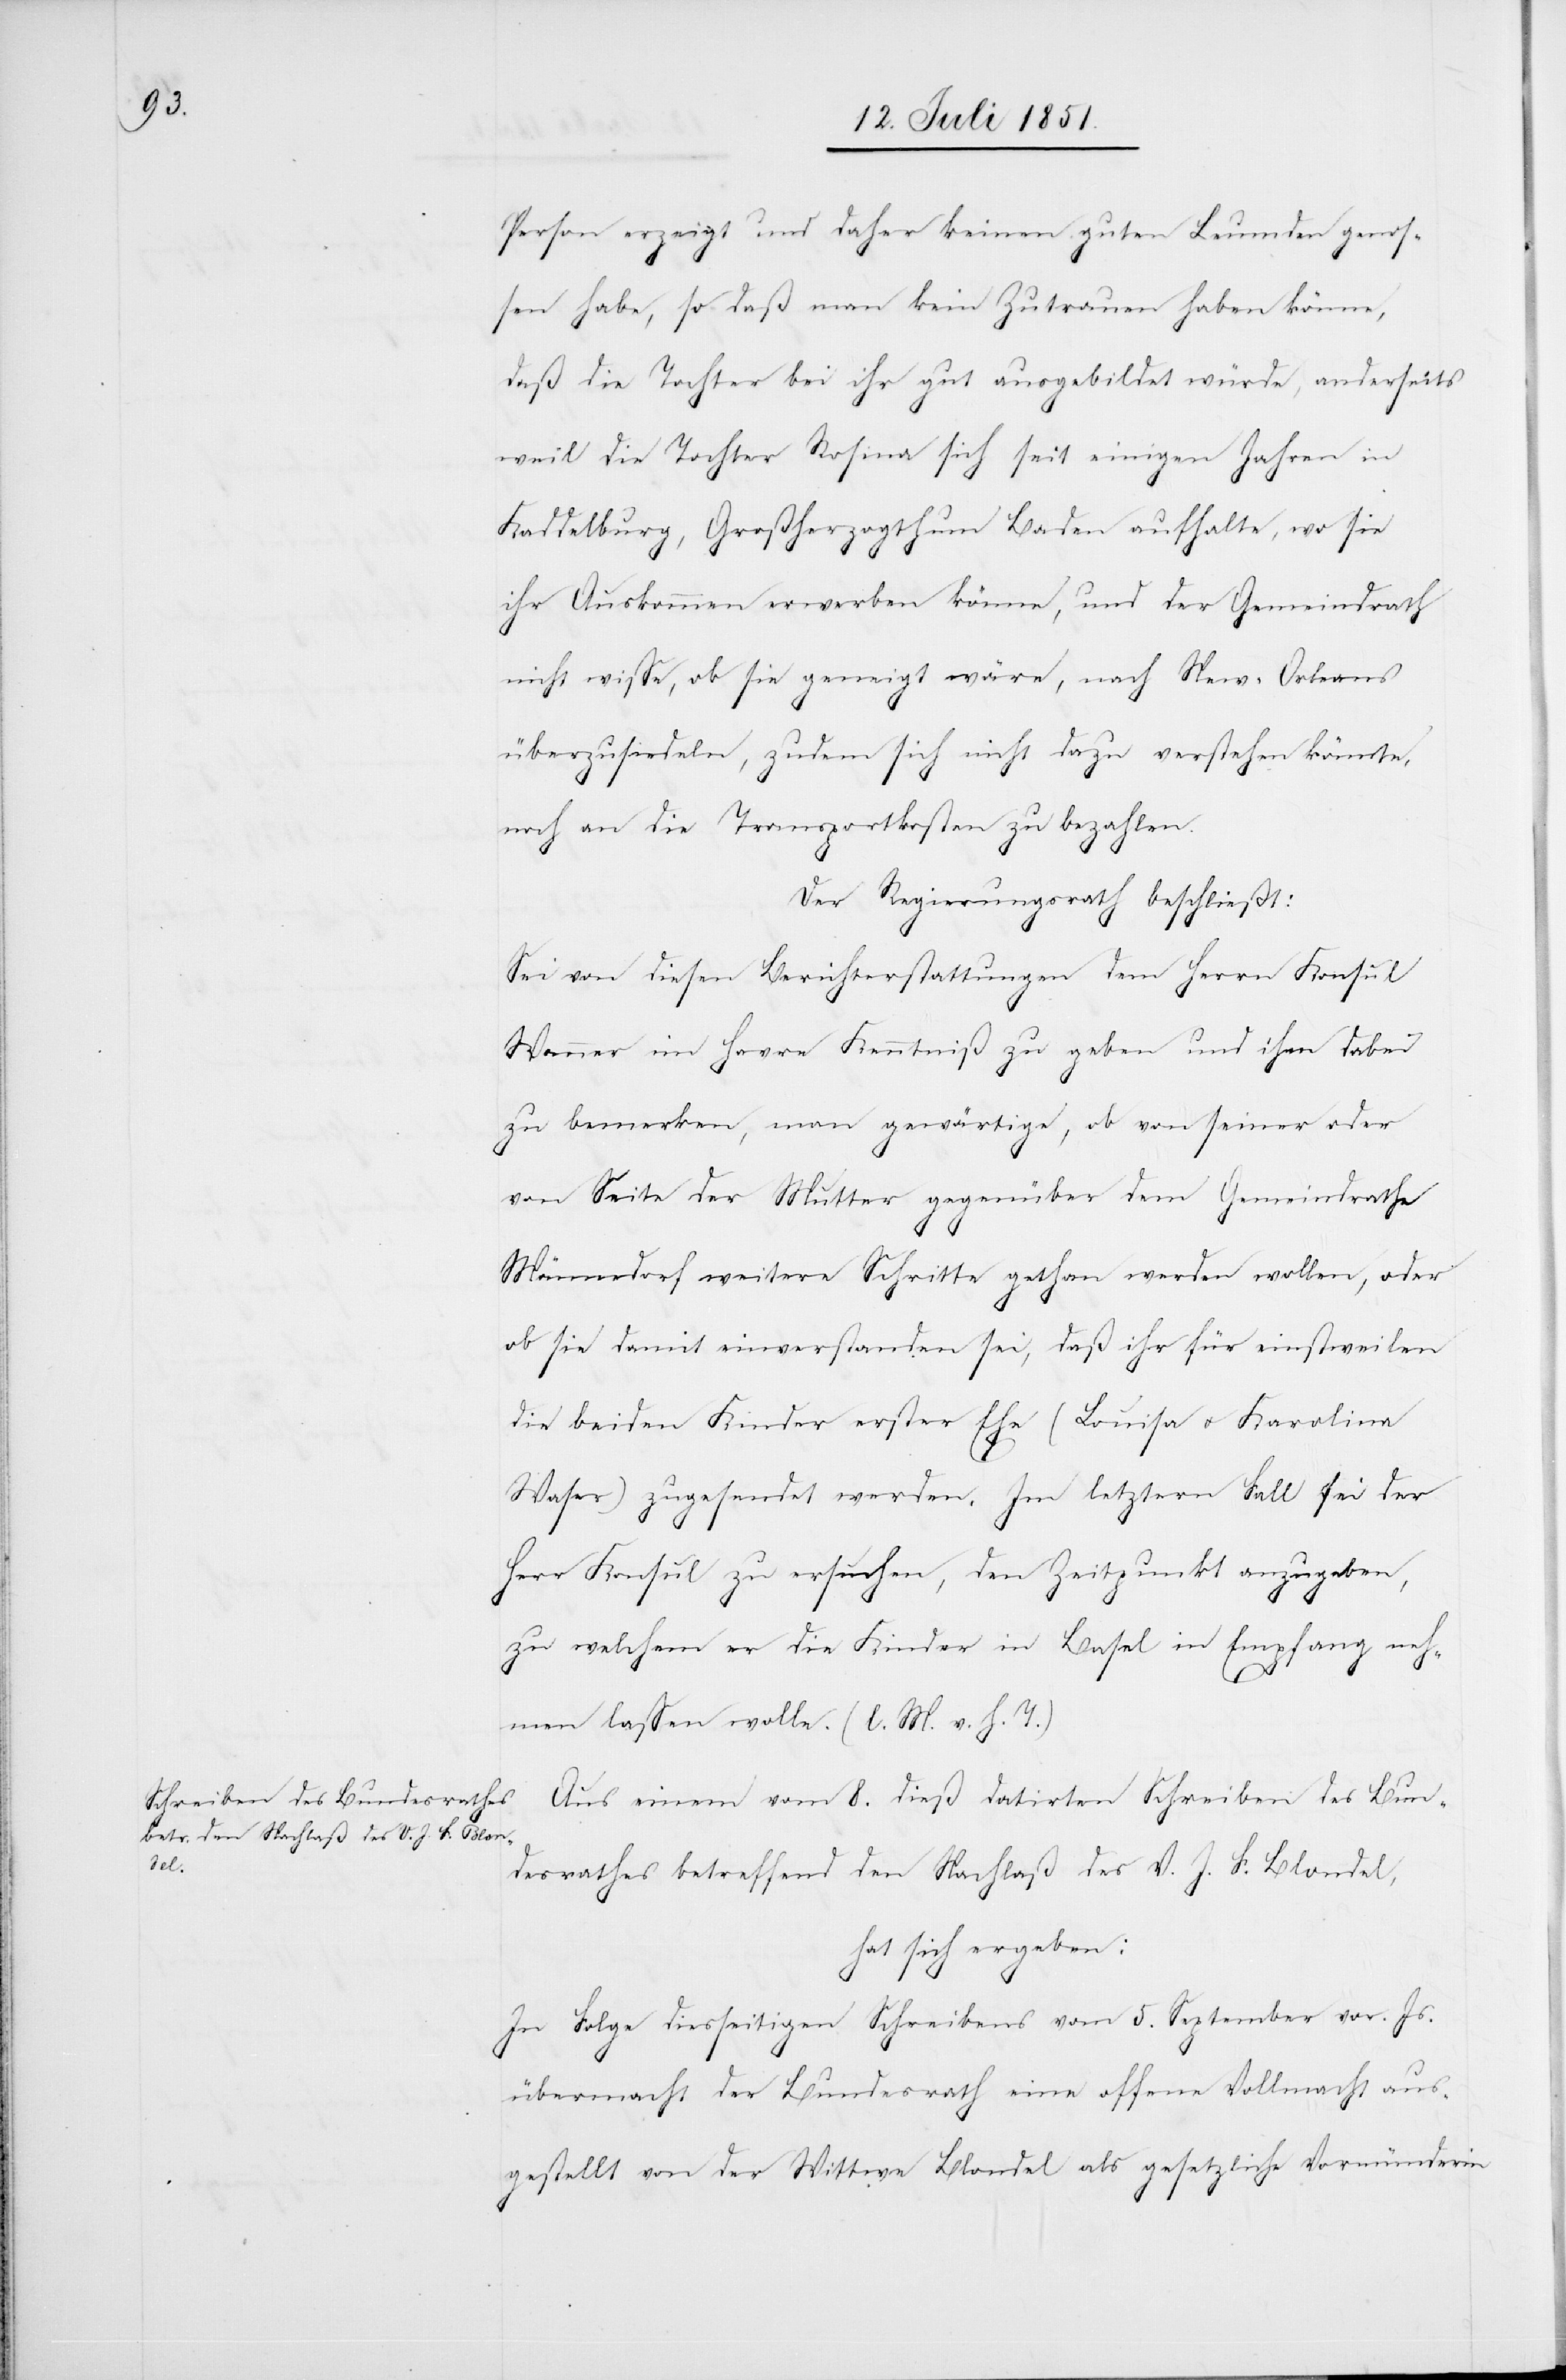
Person erzeigt und daher keinen guten Leumden genos¬
sen habe, so daß man kein Zutrauen haben könne,
daß die Tochter bei ihr gut ausgebildet würde, anderseits
weil die Tochter Rosina sich seit einigen Jahren in
Kaddelburg, Großherzogthum Baden aufhalte, wo sie
ihr Auskommen erwerben könne, und der Gemeindrath
nicht wisse, ob sie geneigt wäre, nach New-Orleans
überzusiedeln, zudem sich nicht dazu verstehen könnte,
noch an die Transportkosten zu bezahlen.
Der Regierungsrath beschließt:
Sei von diesen Berichterstattungen dem Herrn Konsul
Wanner im Havre Kenntniß zu geben und ihm dabei
zu bemerken, man gewärtige, ob von seiner oder
von Seite der Mutter gegenüber dem Gemeindrathe
Männedorf weitere Schritte gethan werden wollen, oder
ob sie damit einverstanden sei, daß ihr für einstweilen
die beiden Kinder erster Ehe (Louisa & Karolina
Waser) zugesendet werden. Im letztern Fall sei der
Herr Konsul zu ersuchen, den Zeitpunkt anzugeben,
zu welchem er die Kinder in Basel in Empfang neh¬
men lassen wolle. (l. M. v. h. T.)
Aus einem vom 8. dieß datirten Schreiben des Bun¬
desrathes betreffend den Nachlaß des V. J. F. Blondel,
hat sich ergeben:
In Folge diesseitigen Schreibens vom 5. September vor. Js.
übermacht der Bundesrath eine offene Vollmacht aus¬
gestellt von der Wittwe Blondel als gesetzliche Vormünderin